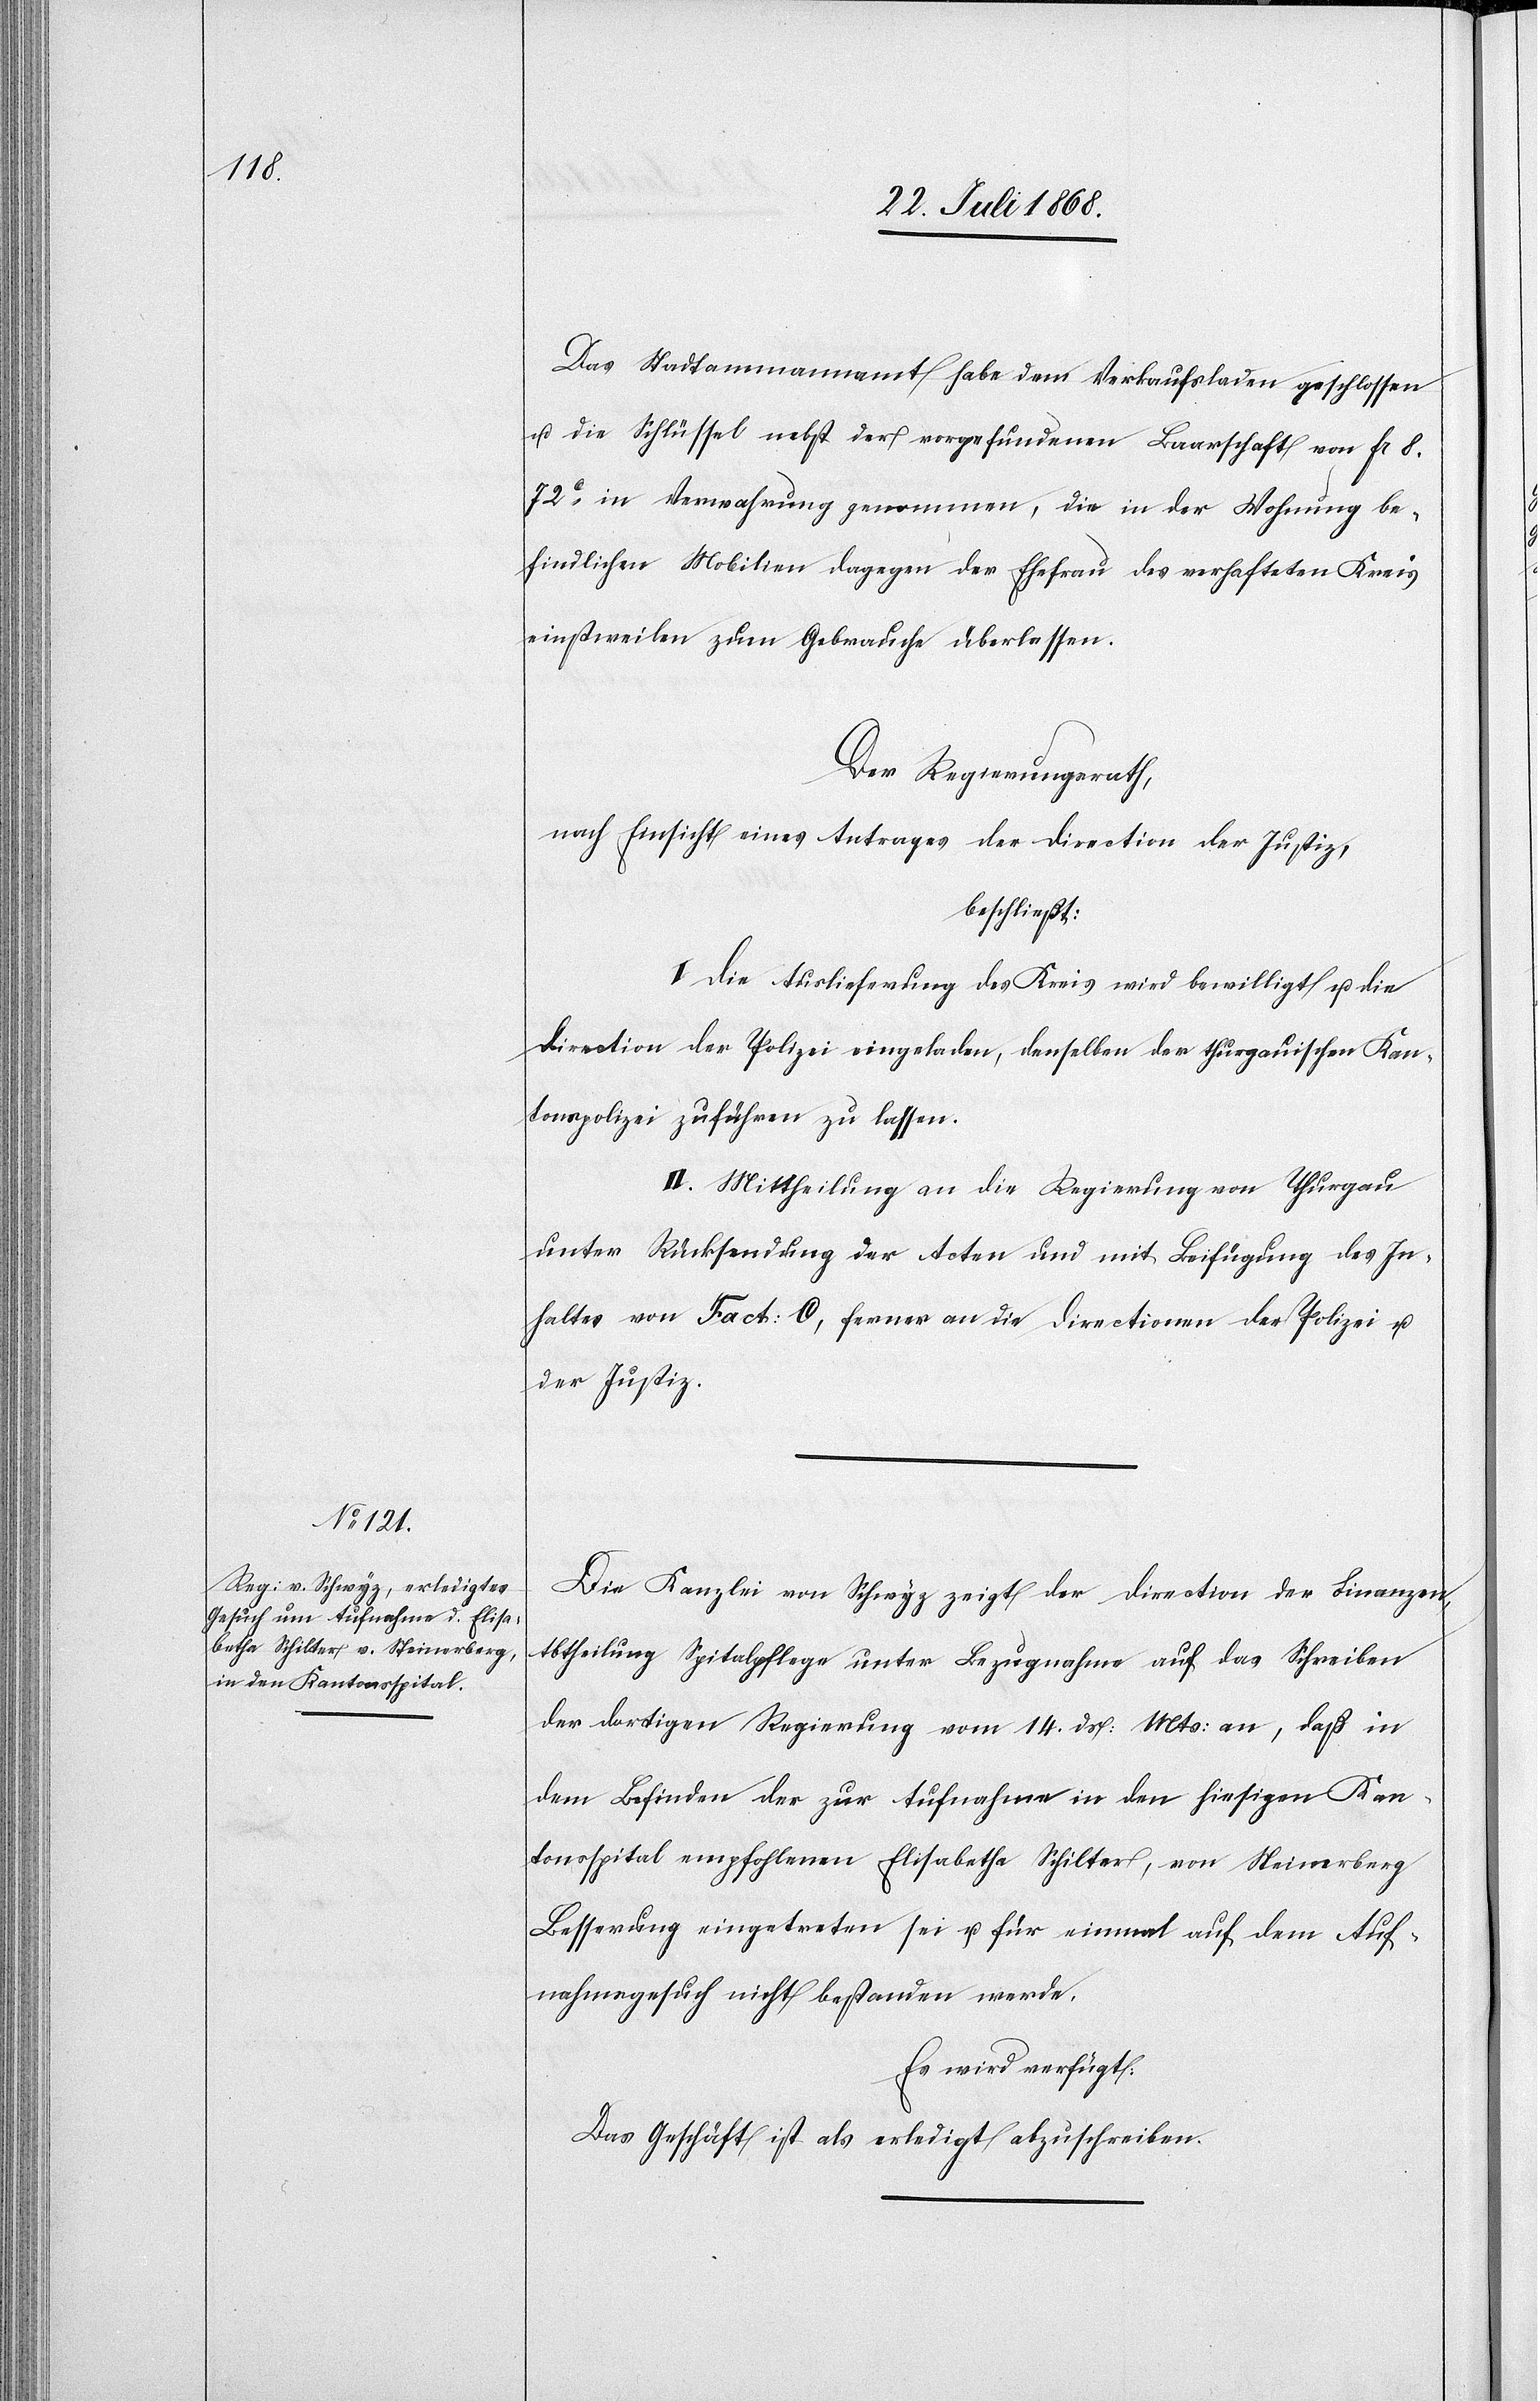
27. Juli 1868.]
Das Stadtammannamt habe dem [sic!] Verkaufsladen geschlossen
u. die Schlüssel nebst der vorgefundenen Baarschaft von Fr 8.
72c in Verwahrung genommen, die in der Wohnung be¬
findlichen Mobilien dagegen der Ehefrau des verhafteten Kreis
einstweilen zum Gebrauche überlassen.
Der Regierungsrath,
nach Einsicht eines Antrages der Direction der Justiz,
beschließt:
I. Die Auslieferung des Kreis wird bewilligt u. die
Direction der Polizei eingeladen, denselben der thurgauischen Kan¬
tonspolizei zuführen zu lassen.
II. Mittheilung an die Regierung von Thurgau
unter Rücksendung der Acten und mit Beifügung des In¬
haltes von Fact: C, ferner an die Directionen der Polizei u.
der Justiz.
Die Kanzlei von Schwyz zeigt der Direction der Finanzen,
Abtheilung Spitalpflege unter Bezugnahme auf das Schreiben
der dortigen Regierung vom 14. ds: Mts: an, daß in
dem Befinden der zur Aufnahme in den hiesigen Kan¬
tonsspital empfohlenen Elisabetha Schilter, von Steinerberg
Besserung eingetreten sei u. für einmal auf dem Auf¬
nahmsgesuch nicht bestanden werde.
Es wird verfügt:
Das Geschäft ist als erledigt abzuschreiben.